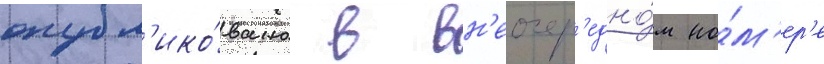
опубл'ико́вано в вн'еочер'едно́м но́м'ер'е